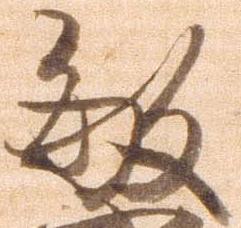
敏